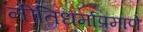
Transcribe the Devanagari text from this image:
नीतिधर्माप्रमाणे